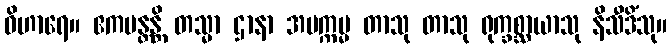
ဝိဟာရေ။ ဧကမန္တန္တိ တသ္မာ ဌာနာ အပက္ကမ္မ တာသု တာသု ရုက္ခစ္ဆာယာသု နိသီဒိံသု။